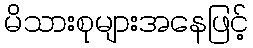
မိသားစုများအနေဖြင့်